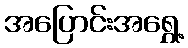
အပြောင်းအရွှေ့